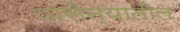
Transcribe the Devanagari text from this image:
यासैन्यातील